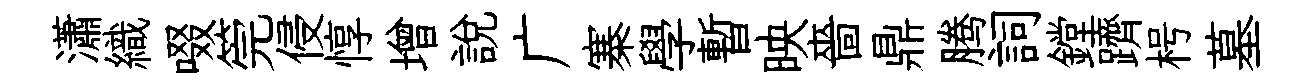
瀟織啜筦侵惇增説广寨學暫映嗇鼎腾詞鏜躋枵墓